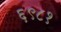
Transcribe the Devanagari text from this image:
६९८१